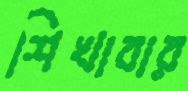
শিখাবার